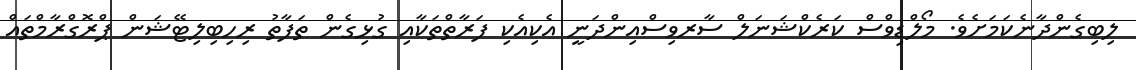
ލިބިގެންދާނެކަމަށެވެ. މޯލްޑިވްސް ކަރެކްޝަނަލް ސާރވިސްއިންދަނީ އެކިއެކި ފަރާތްތަކާއި ގުޅިގެން ތަފާތު ރިހިބިލިޓޭޝަން ޕްރޮގްރާމްތައް